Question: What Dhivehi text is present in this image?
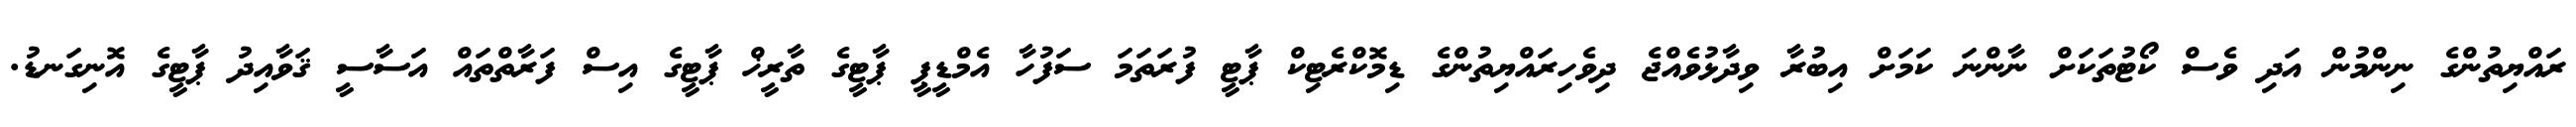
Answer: ރައްޔިތުންގެ ނިންމުން އަދި ވެސް ކޯޓުތަކަށް ނާންނަ ކަމަށް އިބުރާ ވިދާޅުވެއްޖެ ދިވެހިރައްޔިތުންގެ ޑިމޮކްރެޓިކް ޕާޓީ ފުރަތަމަ ސަފުހާ އެމްޑީޕީ ޕާޓީގެ ތާރީޚް ޕާޓީގެ އިސް ފަރާތްތައް އަސާސީ ޤަވާއިދު ޕާޓީގެ އޮނިގަނޑު.